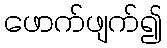
ဖောက်ဖျက်၍